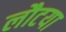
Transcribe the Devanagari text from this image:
लौटया